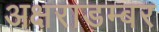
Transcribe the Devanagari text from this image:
अक्षराडम्बर